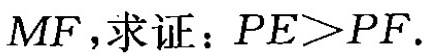
MF，求证：PE>PF。